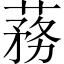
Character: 蓩